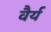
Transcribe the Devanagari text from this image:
वैर्य